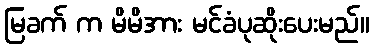
မြခက် က မိမိအား မင်ခံပုဆိုးပေးမည်။